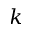
k